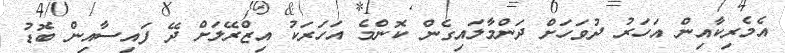
އެމެރިކާއިން އަހަރު ދުވަހަށް ދަންމާލައިގެން ކޮންމެ އަހަރަކު އިޒްރޭލަށް ދޭ ފައިސާއިން ބޮޑު